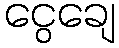
ငွေချေ